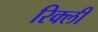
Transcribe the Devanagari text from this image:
रिक्ली